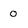
Character: 0